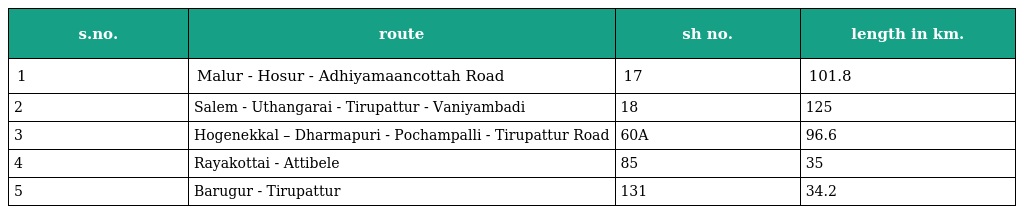
| s.no. | route | sh no. | length in km. |
 | --- | --- | --- | --- |
 | 1 | Malur - Hosur - Adhiyamaancottah Road | 17 | 101.8 |
 | 2 | Salem - Uthangarai - Tirupattur - Vaniyambadi | 18 | 125 |
 | 3 | Hogenekkal – Dharmapuri - Pochampalli - Tirupattur Road | 60A | 96.6 |
 | 4 | Rayakottai - Attibele | 85 | 35 |
 | 5 | Barugur - Tirupattur | 131 | 34.2 |